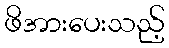
ဖိအားပေးသည့်